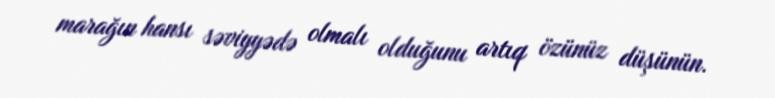
marağın hansı səviyyədə olmalı olduğunu artıq özünüz düşünün.